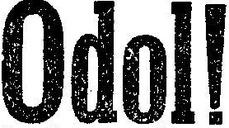
Odol!